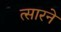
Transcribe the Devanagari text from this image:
त्सारने